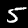
Label: 5